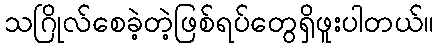
သဂြိုလ်စေခဲ့တဲ့ဖြစ်ရပ်တွေရှိဖူးပါတယ်။